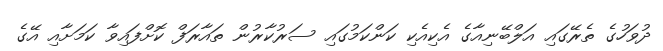
ދުވަހުގެ ތެރޭގައި އަލްބޭނިއާގެ އެކިއެކި ކަންކަމުގައި ސަރުކާރުން ތައާރަފް ކޮށްފައިވާ ކަމަށާއި އޭގެ